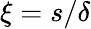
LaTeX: \xi=s/\delta